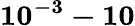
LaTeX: \mathbf{10^{-3}-10}